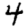
Digit: 4